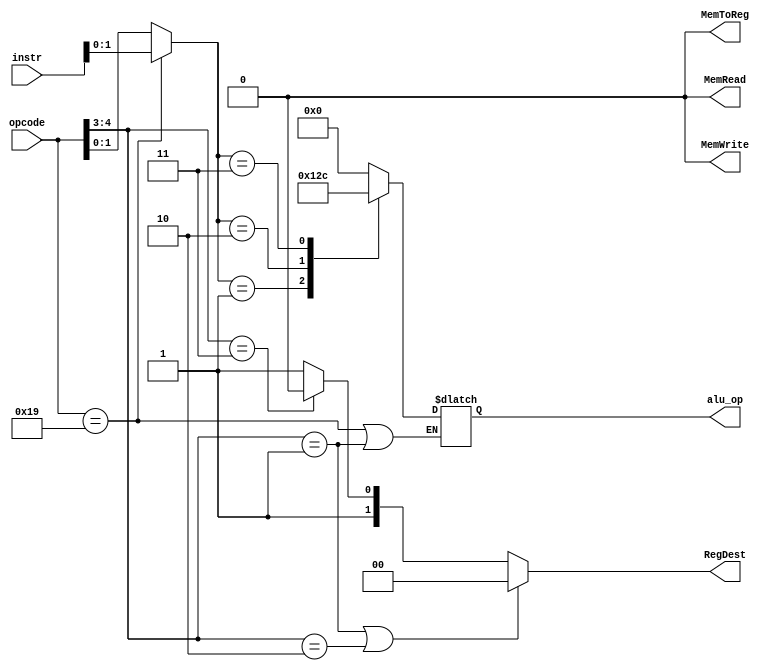
module control(
    input [15:0] instr,
    input [4:0] opcode,
    output [1:0] RegDest,
    output [3:0] alu_op,
    output MemToReg,
    output MemRead,
    output MemWrite
);
    // Control unit
    
    wire [1:0] funct;
    reg [3:0] alu_op_reg;

    // funct bits generated from either instr or opcode depending on instr type
    assign funct = (opcode == 5'b11001) ? instr[1:0] : opcode[1:0];    
    
    assign MemToReg = 1'b0;
    assign MemRead = 1'b0;
    assign MemWrite = 1'b0;

    assign RegDest = (opcode[4:3] == 2'b01 || opcode[4:3] == 2'b10) ? 0 :   // i type instr
                    (opcode[4:3] == 2'b11) ? 2 : 3;                         // r-type instr  

    assign alu_op = alu_op_reg;

    // generate alu op signal
    always @(*) begin
        if (opcode == 5'b11001 || opcode[4:3] == 2'b01) begin       // R type instr || i type 
            case (funct)               // decode using function bits
                2'b00: 
                    alu_op_reg = 4'd0;     // addition op
                2'b01:
                    alu_op_reg = 4'd1;     // subtraction op
                2'b10:
                    alu_op_reg = 4'd2;     // XOR op
                2'b11:
                    alu_op_reg = 4'd12;     // ANDN op
            endcase
        end
    end
endmodule